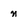
Character: n